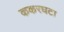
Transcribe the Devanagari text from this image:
ककरघटा